Tartu_linnavalitsus, lk 92
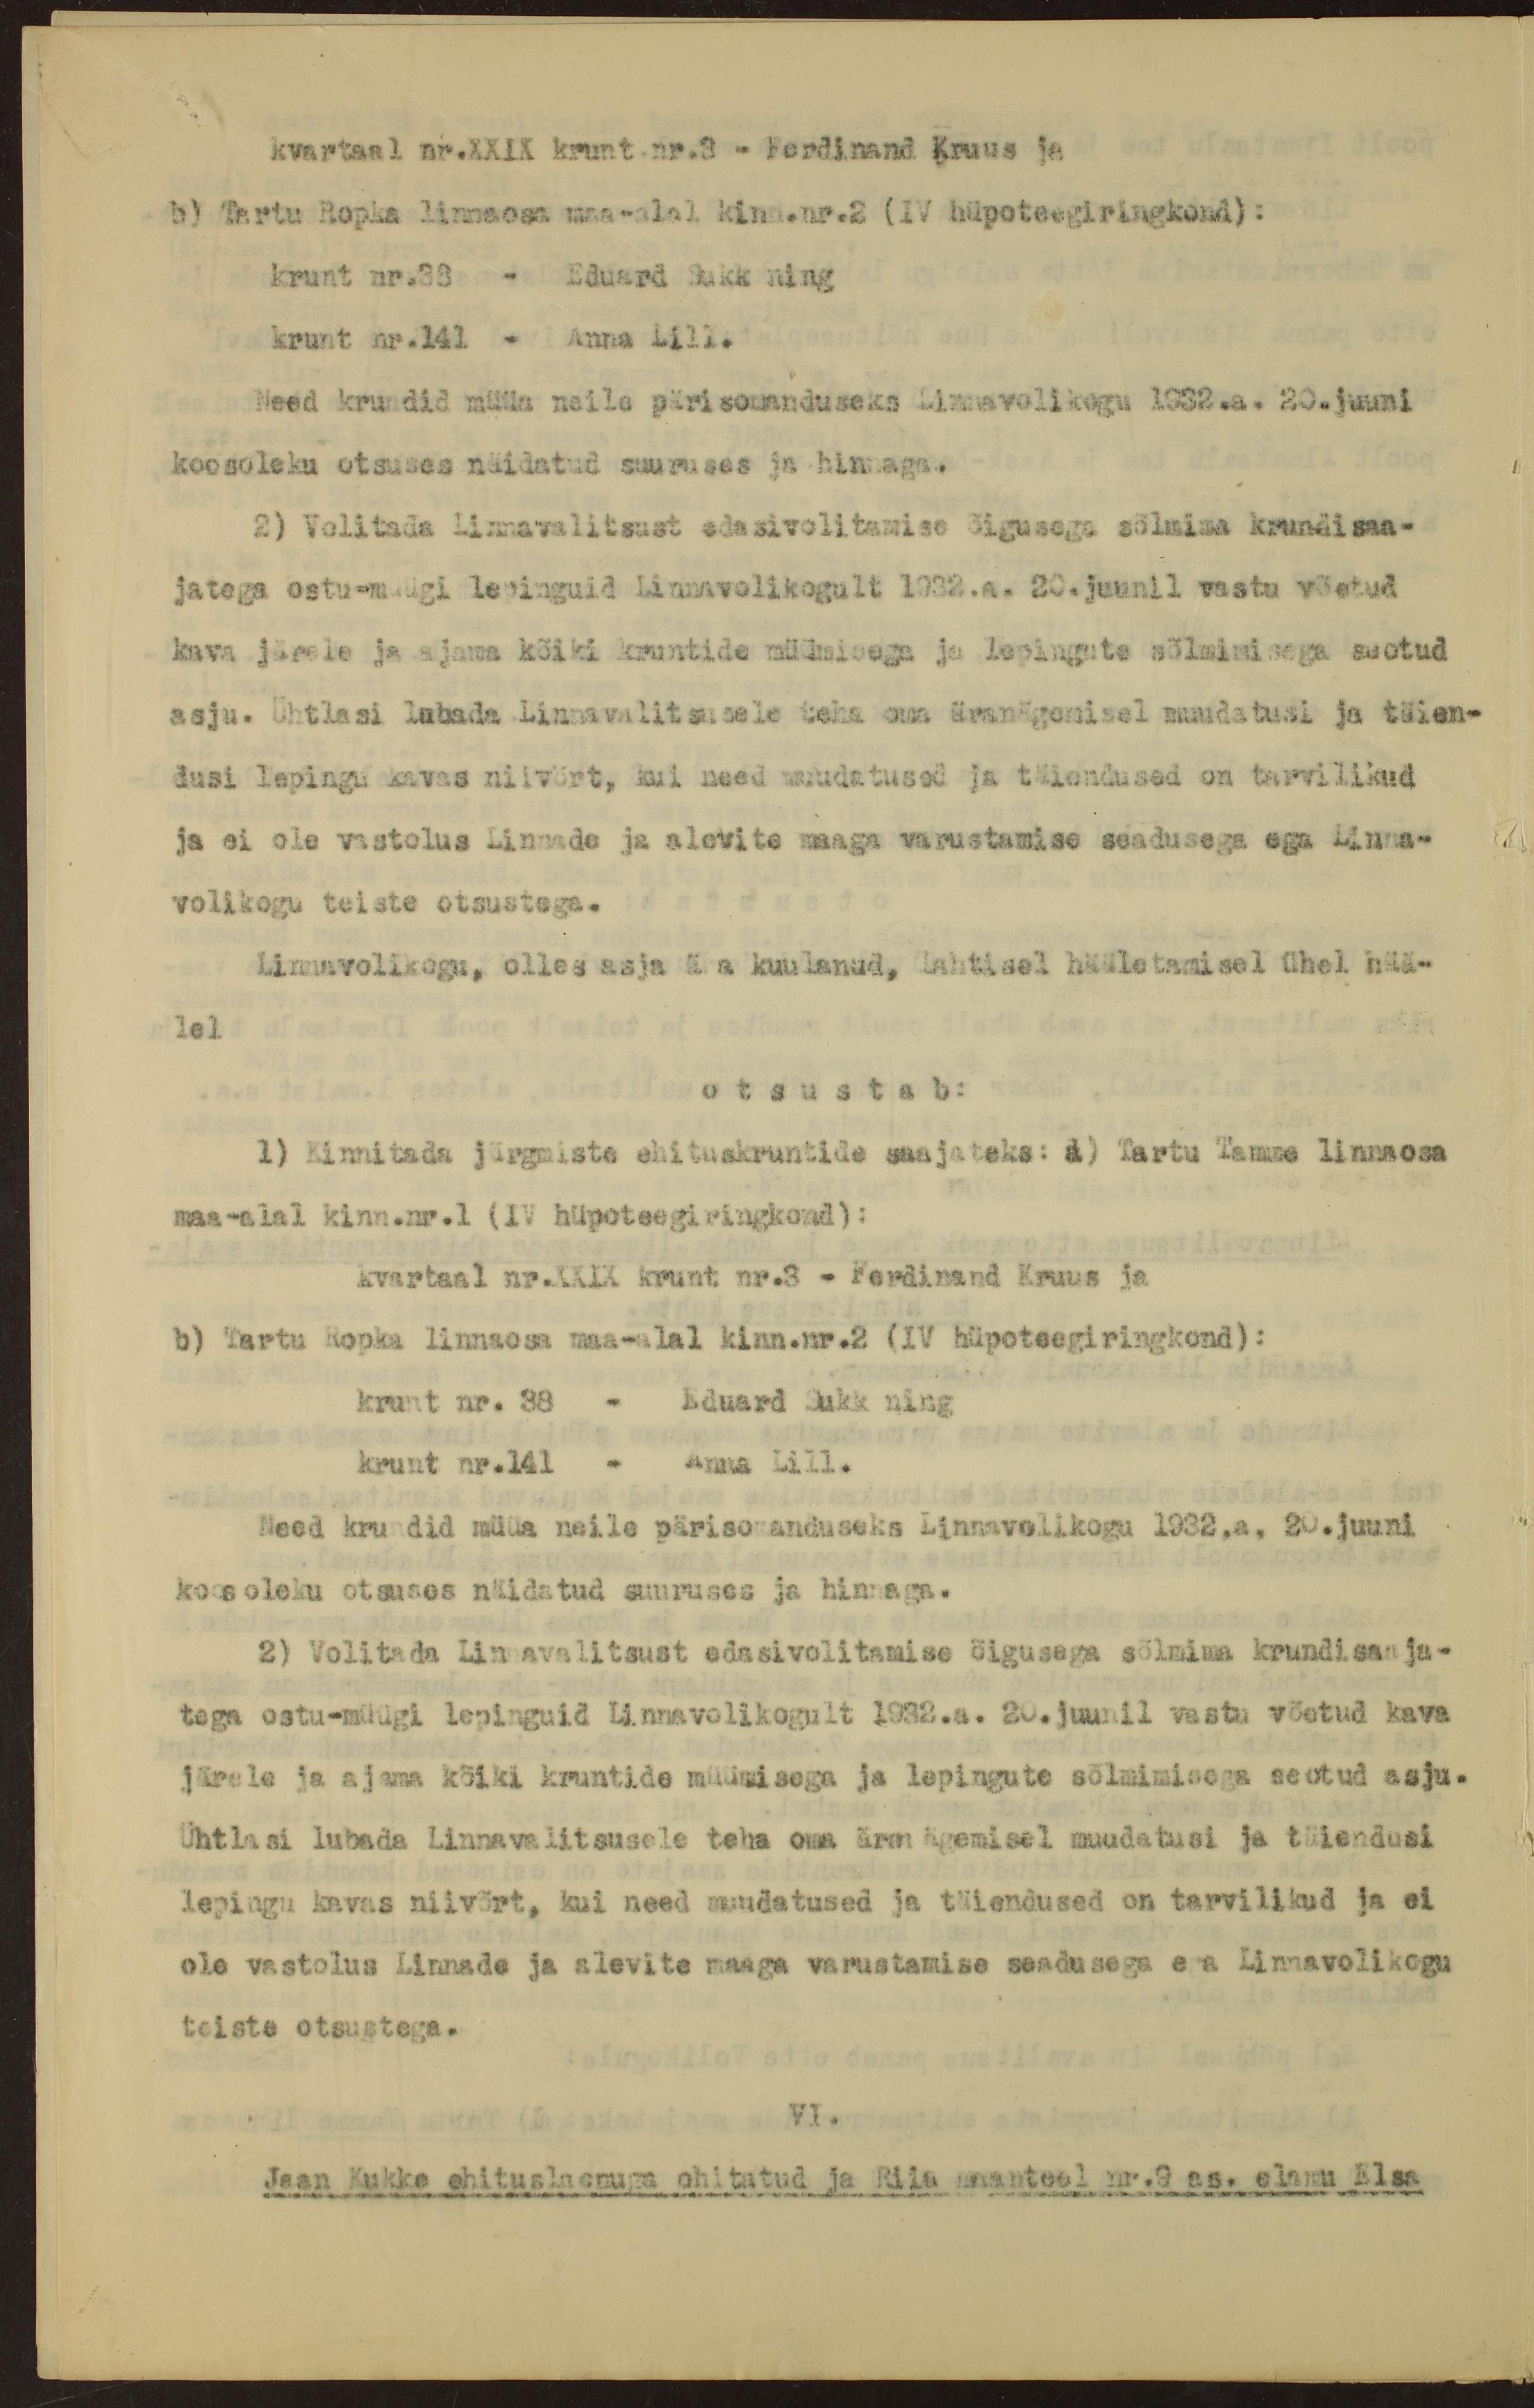
kvartaal nr.XXIX krunt nr.3 - Ferdinand Kruus ja
b) Tartu Ropka linnaosa maa-alal kinn.nr.2 (IV hüpoteegiringkond):
krunt nr.33 - Eduard Sukk ning
krunt nr.141 - Anna Lill.
Need krundid müüa neile pärisomanduseks Linnavolikogu 1932.a. 20.juuni
koosoleku otsuses näidatud suuruses ja hinnaga.
2) Volitada Linnavalitsust edasivolitamise õigusega sõlmima krundisaa-
jatega ostu-müügi lepinguid Linnavolikogult 1932.a. 20.juunil vastu võetud
kava järele ja ajama kõiki kruntide müümisega ja lepingute sõlmimisega seotud
asju. Ühtlasi lubada Linnavalitsusele teha oma äranägemisel muudatusi ja täien-
dusi lepingu kavas niivõrt, kui need muudatused ja täiendused on tarvilikud
ja ei ole vastolus Linnade ja alevite maaga varustamise seadusega ega Linna-
volikogu teiste otsustega.
Linnavolikogu, olles asja ä a kuulanud, lahtisel hääletamisel ühel hää-
lel
otsustab:
1) Kinnitada järgmiste ehituskruntide saajateks: a) Tartu Tamme linnaosa
maa-alal kinn.nr.1 (IV hüpoteegiringkond):
kvartaal nr.XXIX krunt nr.3 - Ferdinand Kruus ja
b) Tartu Ropka linnaosa maa-alal kinn.nr.2 (IV hüpoteegiringkond):
krunt nr. 38 - Eduard Sukk ning
krunt nr.141 - Anna Lill.
Need krundid müüa neile pärisomanduseks Linnavolikogu 1932.a. 20.juuni
koosoleku otsuses näidatud suuruses ja hinnaga.
2) Volitada Linnavalitsust edasivolitamise õigusega sõlmima krundisaaja-
tega ostu-müügi lepinguid Linnavolikogult 1932.a. 20.juunil vastu võetud kava
järele ja ajama kõiki kruntide müümisega ja lepingute sõlmimisega seotud asju.
Ühtlasi lubada Linnavalitsusele teha oma äranägemisel muudatusi ja täiendusi
lepingu kavas niivõrt, kui need muudatused ja täiendused on tarvilikud ja ei
ole vastolus Linnade ja alevite maaga varustamise seadusega ega Linnavolikogu
teiste otsustega.
VI.
Jaan Kukke ehituslaenuga ehitatud ja Riia maanteel nr.9 as. elamu Elsa